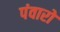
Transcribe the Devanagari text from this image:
पंवारो